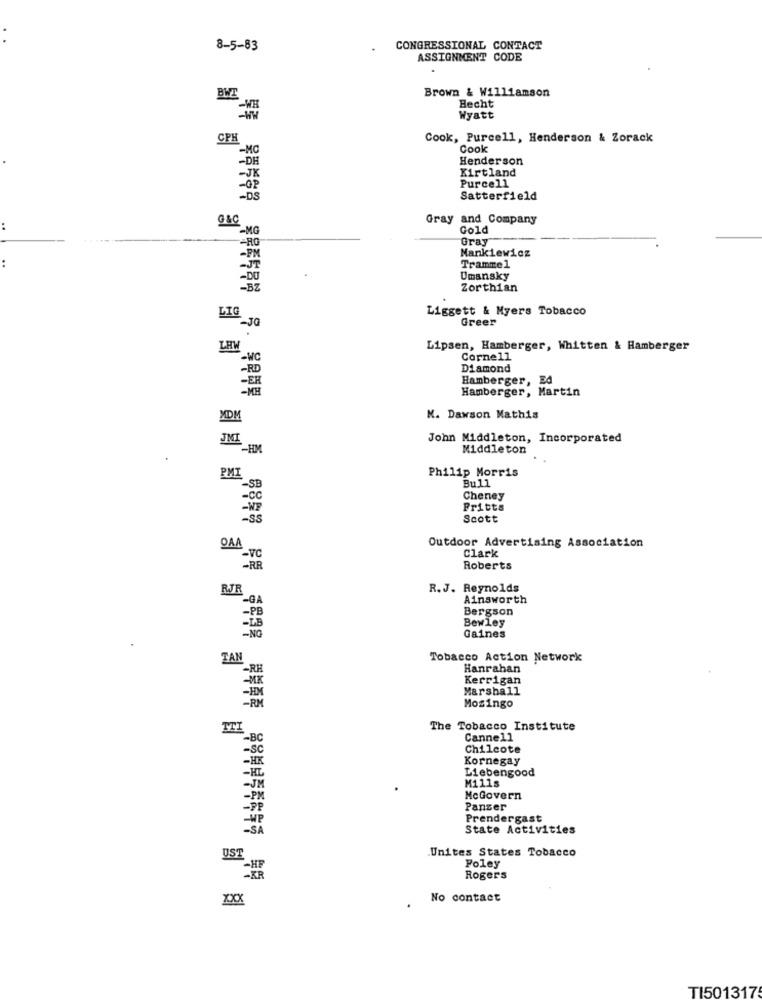
8-5-83
CONGRESSIONAL CONTACT
ASSIGNMENT CODE
Brown & Williamson
BWT
Hecht
Wyatt
CPH
Cook, Purcell, Henderson & Zorack
-MC
Cook
Henderson
-DE
Kirtland
-J
Purcell
-DS
Satterfield
G&C
Gray and Company
-MG
Gold
Gray
-RO
Mankiewicz
Trammel
Umansky
Zorthian
Liggett & Myers Tobacco
LIG
Greer
LAW
Lipsen, Hamberger, Whitten & Hamberger
-WC
Cornell
Diamond
Hamberger, Ed
Hamberger, Martin
K. Dawson Mathis
John Middleton, Incorporated
Middleton
Philip Morris
PMI
Bull
-SB
Cheney
Fritts
Ss
Scott
DAA
Outdoor Advertising Association
Clark
-vc
-RR
Roberts
RJR
R.J. Reynolds
Ainsworth
Bergson
-P
Bewley
NG
Gaines
TAN
Tobacco Action Network
Hanrahan
Kerrigan
Marshall
Mosingo
TTI
The Tobacco Institute
Canne11
Chilcote
Kornegay
Liebengood
M111s
McGovern
Panzer
Prendergast
State Activities
Unites States Tobacco
UST
Poley
Rogers
No contact
TI501317